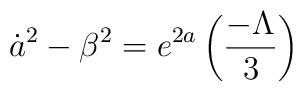
{\dot a}^{2} - {\beta}^{2} = e^{2a}\left(\frac{-\Lambda}{3}\right)